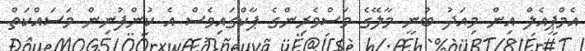
އެމްޕީއެލް އިން މިއަދު ބުނީ މާލޭގެ މަސްވެރިންގެ ޕާކްގައިވެސް އެ ކުންފުނިން މަސައްކަތް